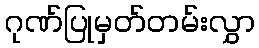
ဂုဏ်ပြုမှတ်တမ်းလွှာ